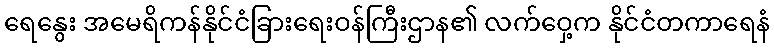
ရေနွေး အမေရိကန်နိုင်ငံခြားရေးဝန်ကြီးဌာန၏ လက်ဝှေ့က နိုင်ငံတကာရေနံ